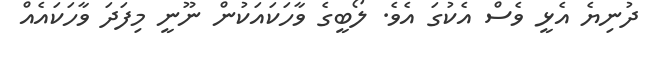
ދުނިޔެ އެޅީ ވެސް އެކުގަ އެވެ. ލޯބީގެ ވާހަކައަކުން ނޫނީ މިފަދަ ވާހަކައެއް